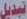
تبیدیل